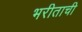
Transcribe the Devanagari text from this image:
भरीताची